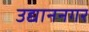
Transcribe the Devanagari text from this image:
उद्याननगर